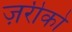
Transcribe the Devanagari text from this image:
ज़रीको